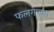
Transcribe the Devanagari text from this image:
फलगणना